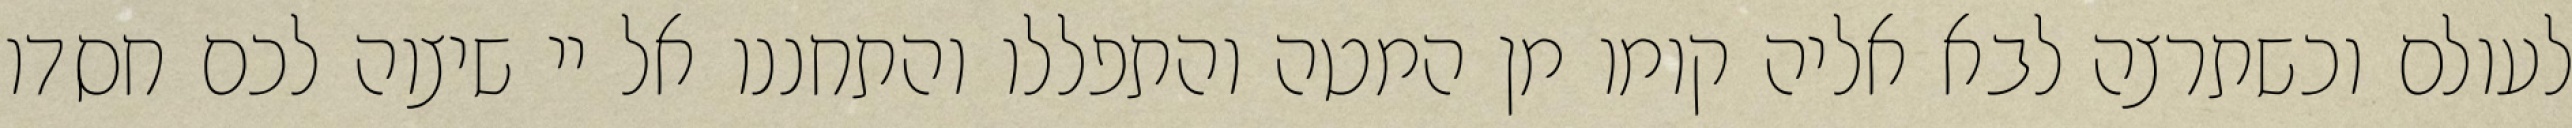
לעולם וכשתרצה לבא אליה קומו מן המטה והתפללו והתחננו אל יי שיצוה לכם חסדו